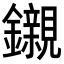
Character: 𨯦